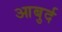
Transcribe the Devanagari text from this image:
आबुर्द